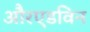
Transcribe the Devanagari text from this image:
औरएडविन